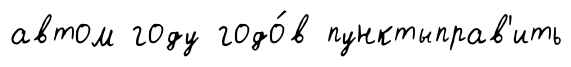
автом году годо́в пунктыправ'ить